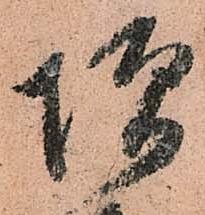
増